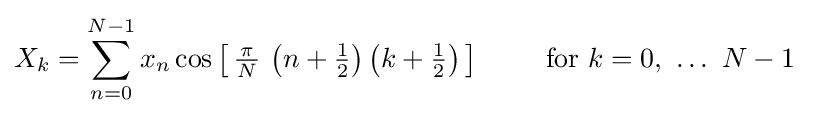
X_{k}=\sum _{n=0}^{N-1}x_{n}\cos \left[\,{\tfrac {\,\pi \,}{N}}\,\left(n+{\tfrac {1}{2}}\right)\left(k+{\tfrac {1}{2}}\right)\,\right]\qquad {\text{ for }}k=0,\ \ldots \ N-1~